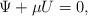
LaTeX: \begin{align*}\Psi+\mu U =0,\end{align*}